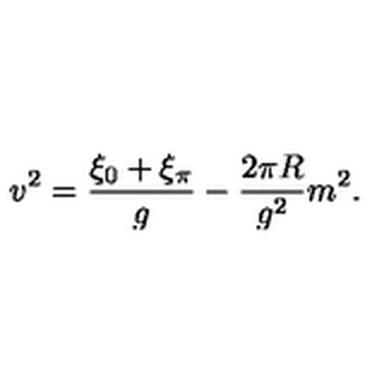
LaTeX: v ^ { 2 } = { \frac { \xi _ { 0 } + \xi _ { \pi } } { g } } - { \frac { 2 \pi R } { g ^ { 2 } } } m ^ { 2 } .